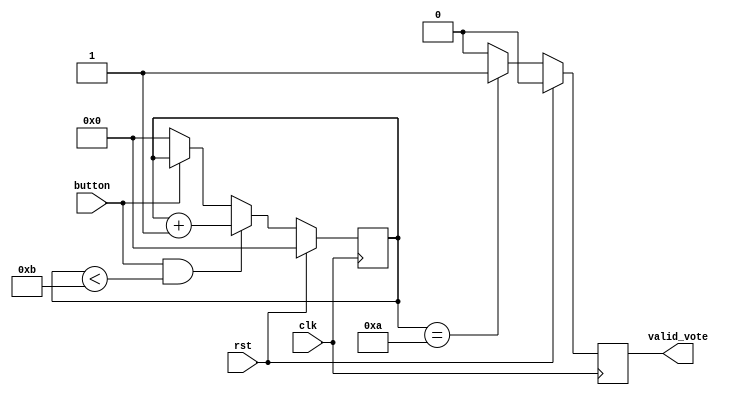
module ButtonControl(clk,rst,button,valid_vote);
input clk,rst,button;
output valid_vote;
reg valid_vote;
reg [30:0] counter;
always @(posedge clk)
begin
    if(rst)
        counter <= 0;
    else
    begin
      if(button & counter < 11)
            counter <= counter + 1;
        else if(!button)
            counter <= 0;
    end
end

always @(posedge clk)
begin
    if(rst)
        valid_vote <= 1'b0;
    else
    begin
        if(counter == 10)
            valid_vote <= 1'b1;
        else
            valid_vote <= 1'b0;
    end
end
endmodule